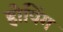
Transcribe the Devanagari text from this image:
होपिंग